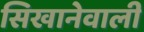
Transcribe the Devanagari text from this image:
सिखानेवाली